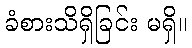
ခံစားသိရှိခြင်း မရှိ။